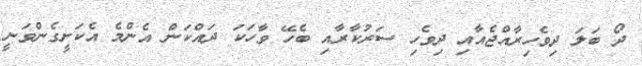
ދޯ ބަލަ ދިވެހިރާއްޖެއާއި ދިވެހި ސަރުކާރާއި ބެހޭ ވާހަކަ ދައްކަން އެންމެ އެކަށީގެންވަނީ